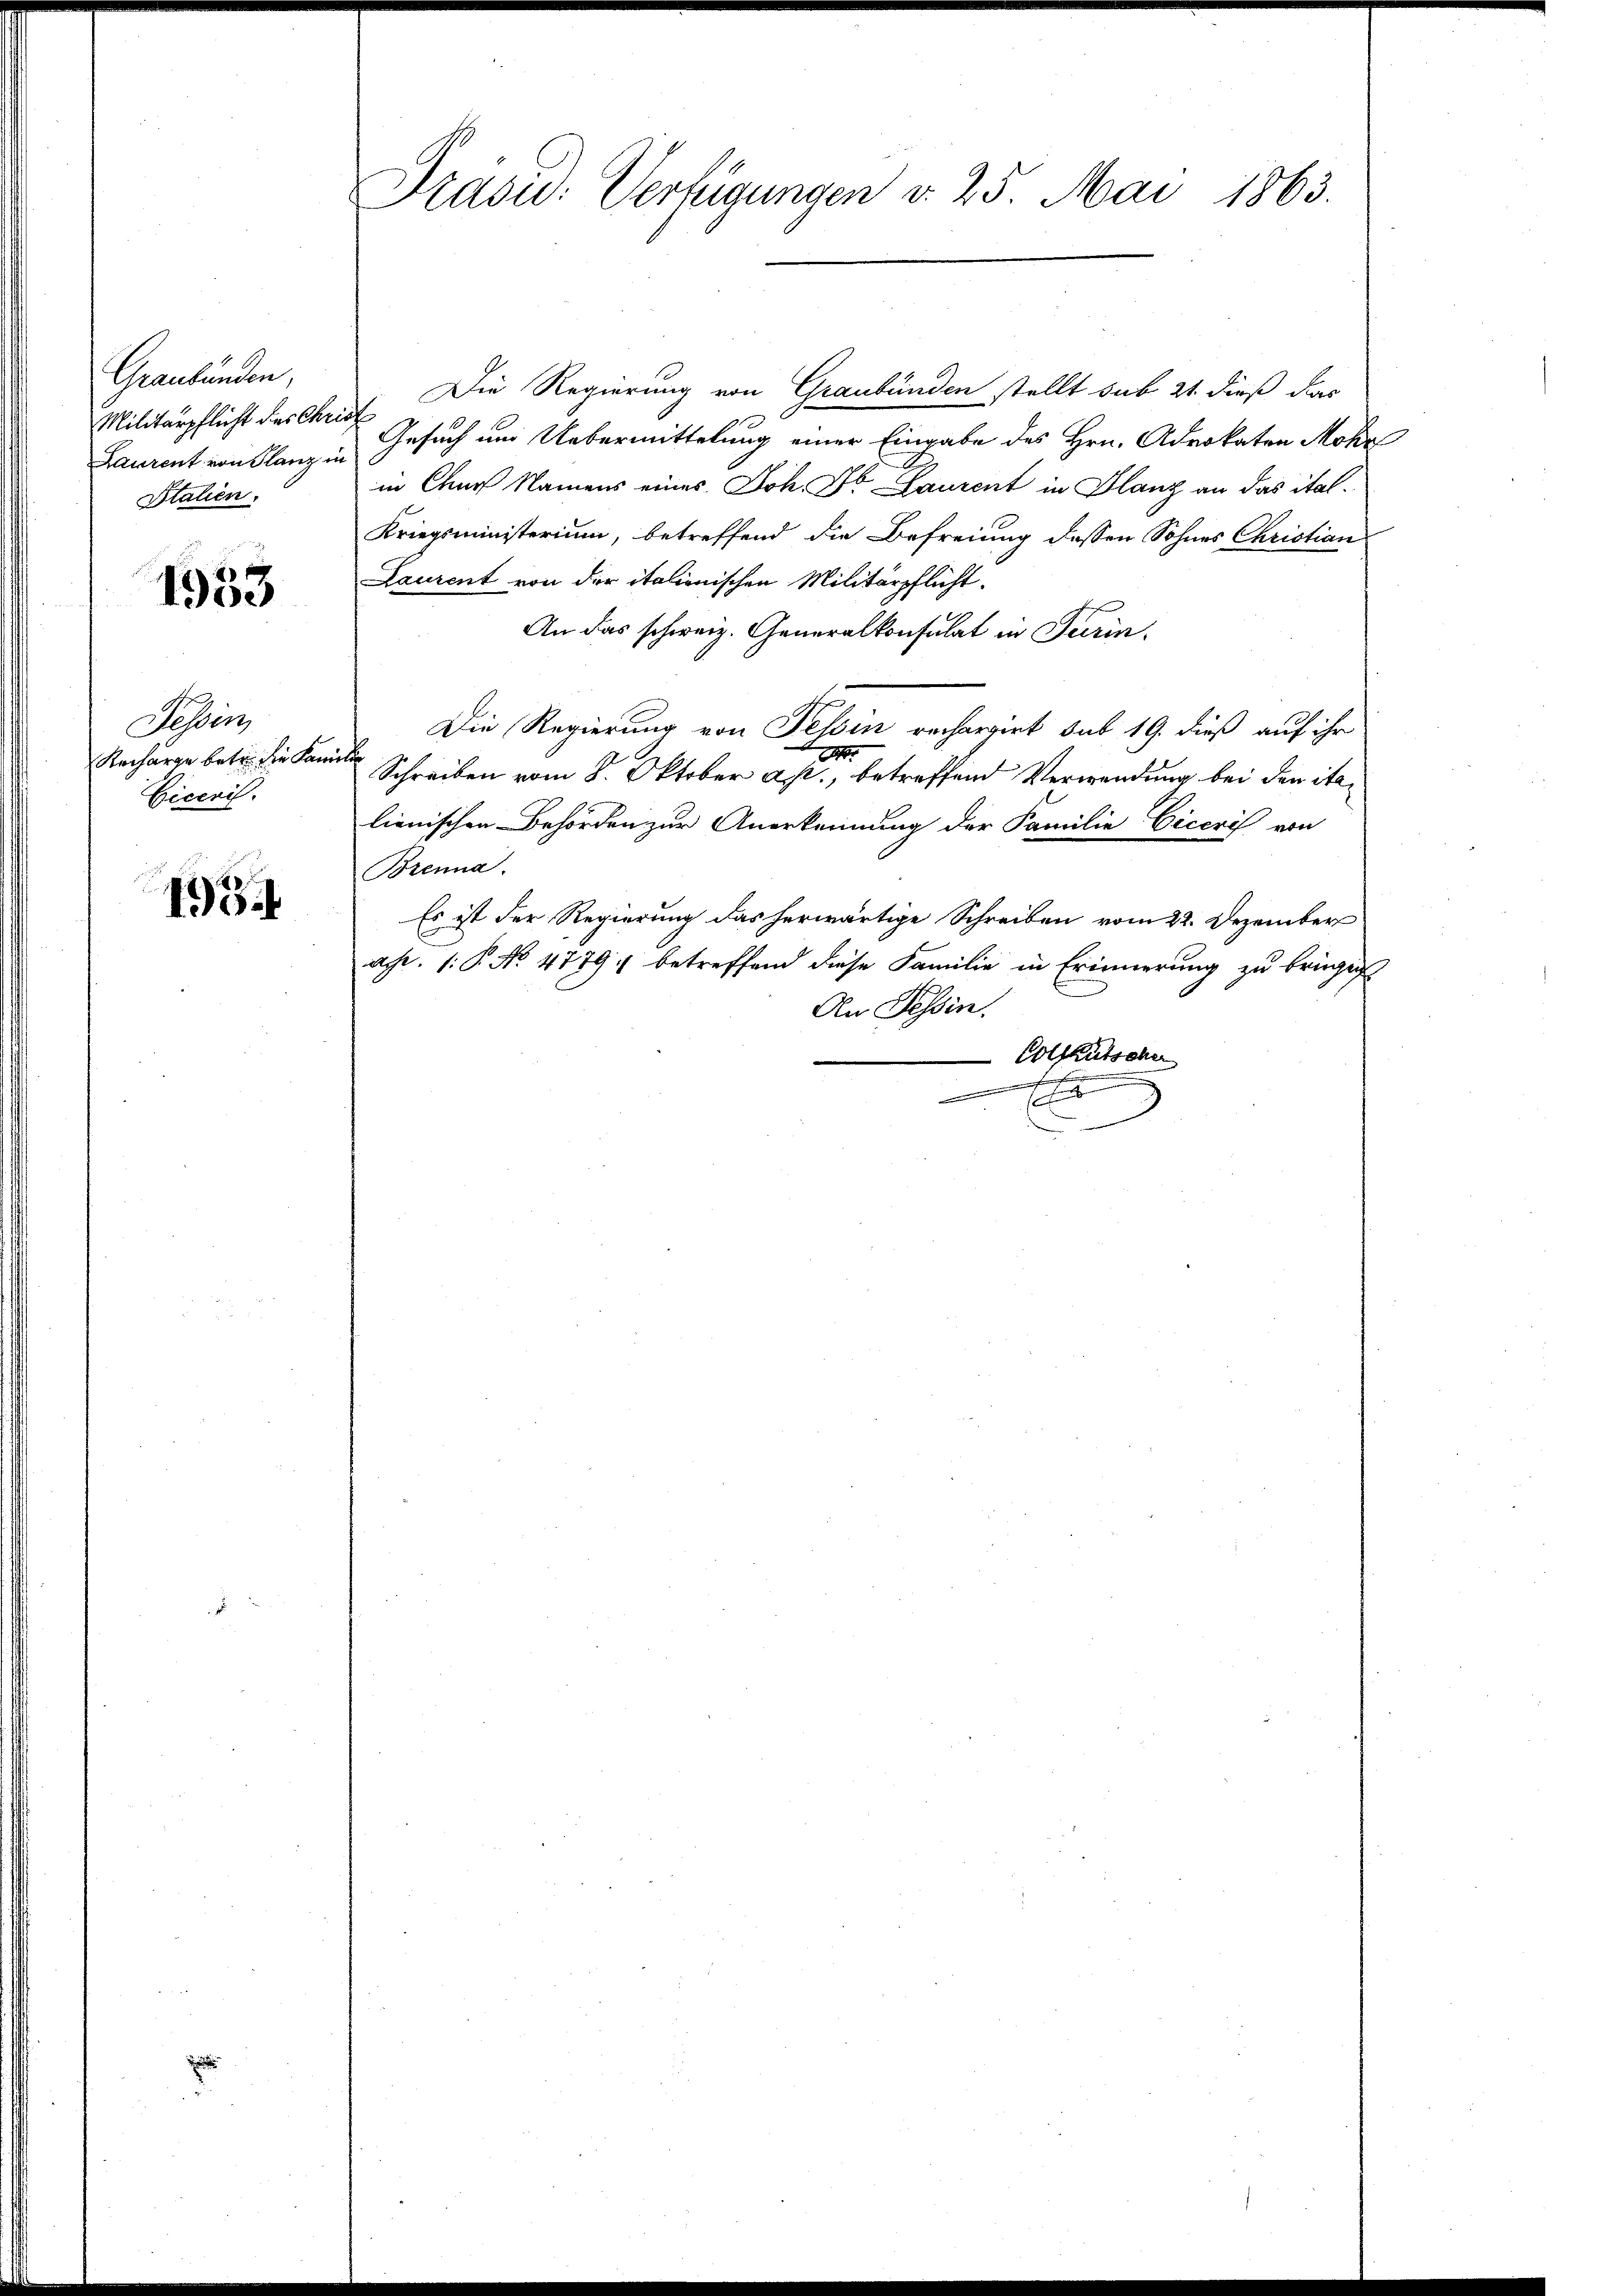
Graubünden,
Militärpflicht des Christ
Laurent von Glanz un
Stalien.

1953

Fessen
Recharge betr. die Kami
Cicerit.

1934

Drasu: Verfügungen v. 25. Mai 1863.

Die Regierung von Graubünden stellt sub 21 dieß das
Gesuch um Uebermittelung einer Eingabe des Hrn. Advokaten Mohr
in Chur Namens eines Joh. Dr. Laurent in Glanz an das ital¬
Kriegsministerium, betreffend die Befreiung dessen Sohnes Christian
Laurent von der italienischen Militärpflicht.
An das schweiz. Generalkonsulat in Turin,
Die Regierung von Tessin rechargirt sub 19. dieß auf ihr
.
ich
Schreiben vom 8. Oktober a. p., betreffend Verwendung bei den italienischen Behörden zur Anerkennung der Familie Ciceris von
Brenna.
Es ist der Regierung das herwärtige Schreiben vom 22. Dezember
ach. 1. P. No. 4779; betreffend diese Familie in Erinnerung zu bringe
An Tessin.
Voltkutscher
.
1
n